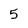
Character: 5